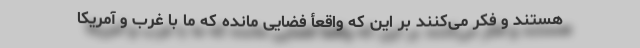
هستند و فکر می‌کنند بر این که واقعأ فضایی مانده که ما با غرب و آمریکا